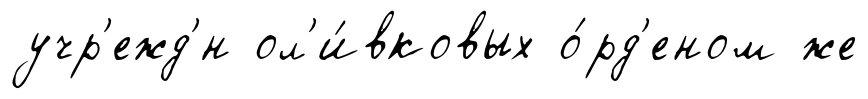
учр'ежд'́н ол'и́вковых о́рд'еном же